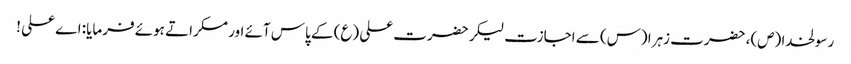
رسولخدا (ص)، حضرت زہرا (س) سے اجازت لیکر حضرت علی (ع) کے پاس آئے اور مسکراتے ہوئے فرمایا: اے علی !